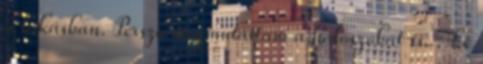
a lakásban. Persze megmutattam a hálószobát is. : Le